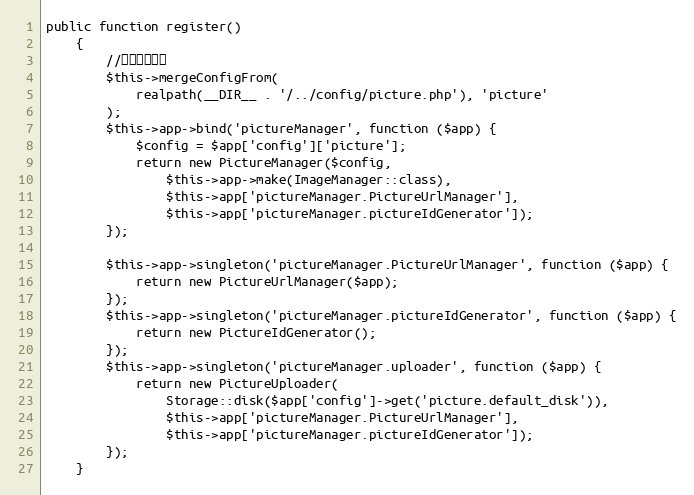
Language: PHP
public function register()
    {
        //合并配置文件
        $this->mergeConfigFrom(
            realpath(__DIR__ . '/../config/picture.php'), 'picture'
        );
        $this->app->bind('pictureManager', function ($app) {
            $config = $app['config']['picture'];
            return new PictureManager($config,
                $this->app->make(ImageManager::class),
                $this->app['pictureManager.PictureUrlManager'],
                $this->app['pictureManager.pictureIdGenerator']);
        });

        $this->app->singleton('pictureManager.PictureUrlManager', function ($app) {
            return new PictureUrlManager($app);
        });
        $this->app->singleton('pictureManager.pictureIdGenerator', function ($app) {
            return new PictureIdGenerator();
        });
        $this->app->singleton('pictureManager.uploader', function ($app) {
            return new PictureUploader(
                Storage::disk($app['config']->get('picture.default_disk')),
                $this->app['pictureManager.PictureUrlManager'],
                $this->app['pictureManager.pictureIdGenerator']);
        });
    }